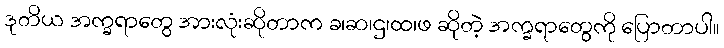
ဒုတိယ အက္ခရာတွေ အားလုံးဆိုတာက ခ၊ဆ၊ဌ၊ထ၊ဖ ဆိုတဲ့ အက္ခရာတွေကို ပြောတာပါ။